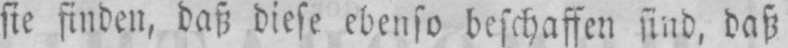
sie finden, daß diese ebenso beschaffen sind, daß